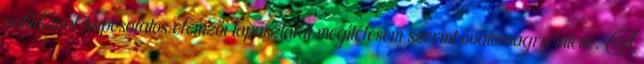
politikával kapcsolatos elemzői tapasztalat megítélésem szerint óvatosságra intene. A